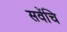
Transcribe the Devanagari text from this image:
सवेंचि